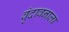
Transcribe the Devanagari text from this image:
वृंदावनाला